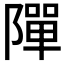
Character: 𨼒